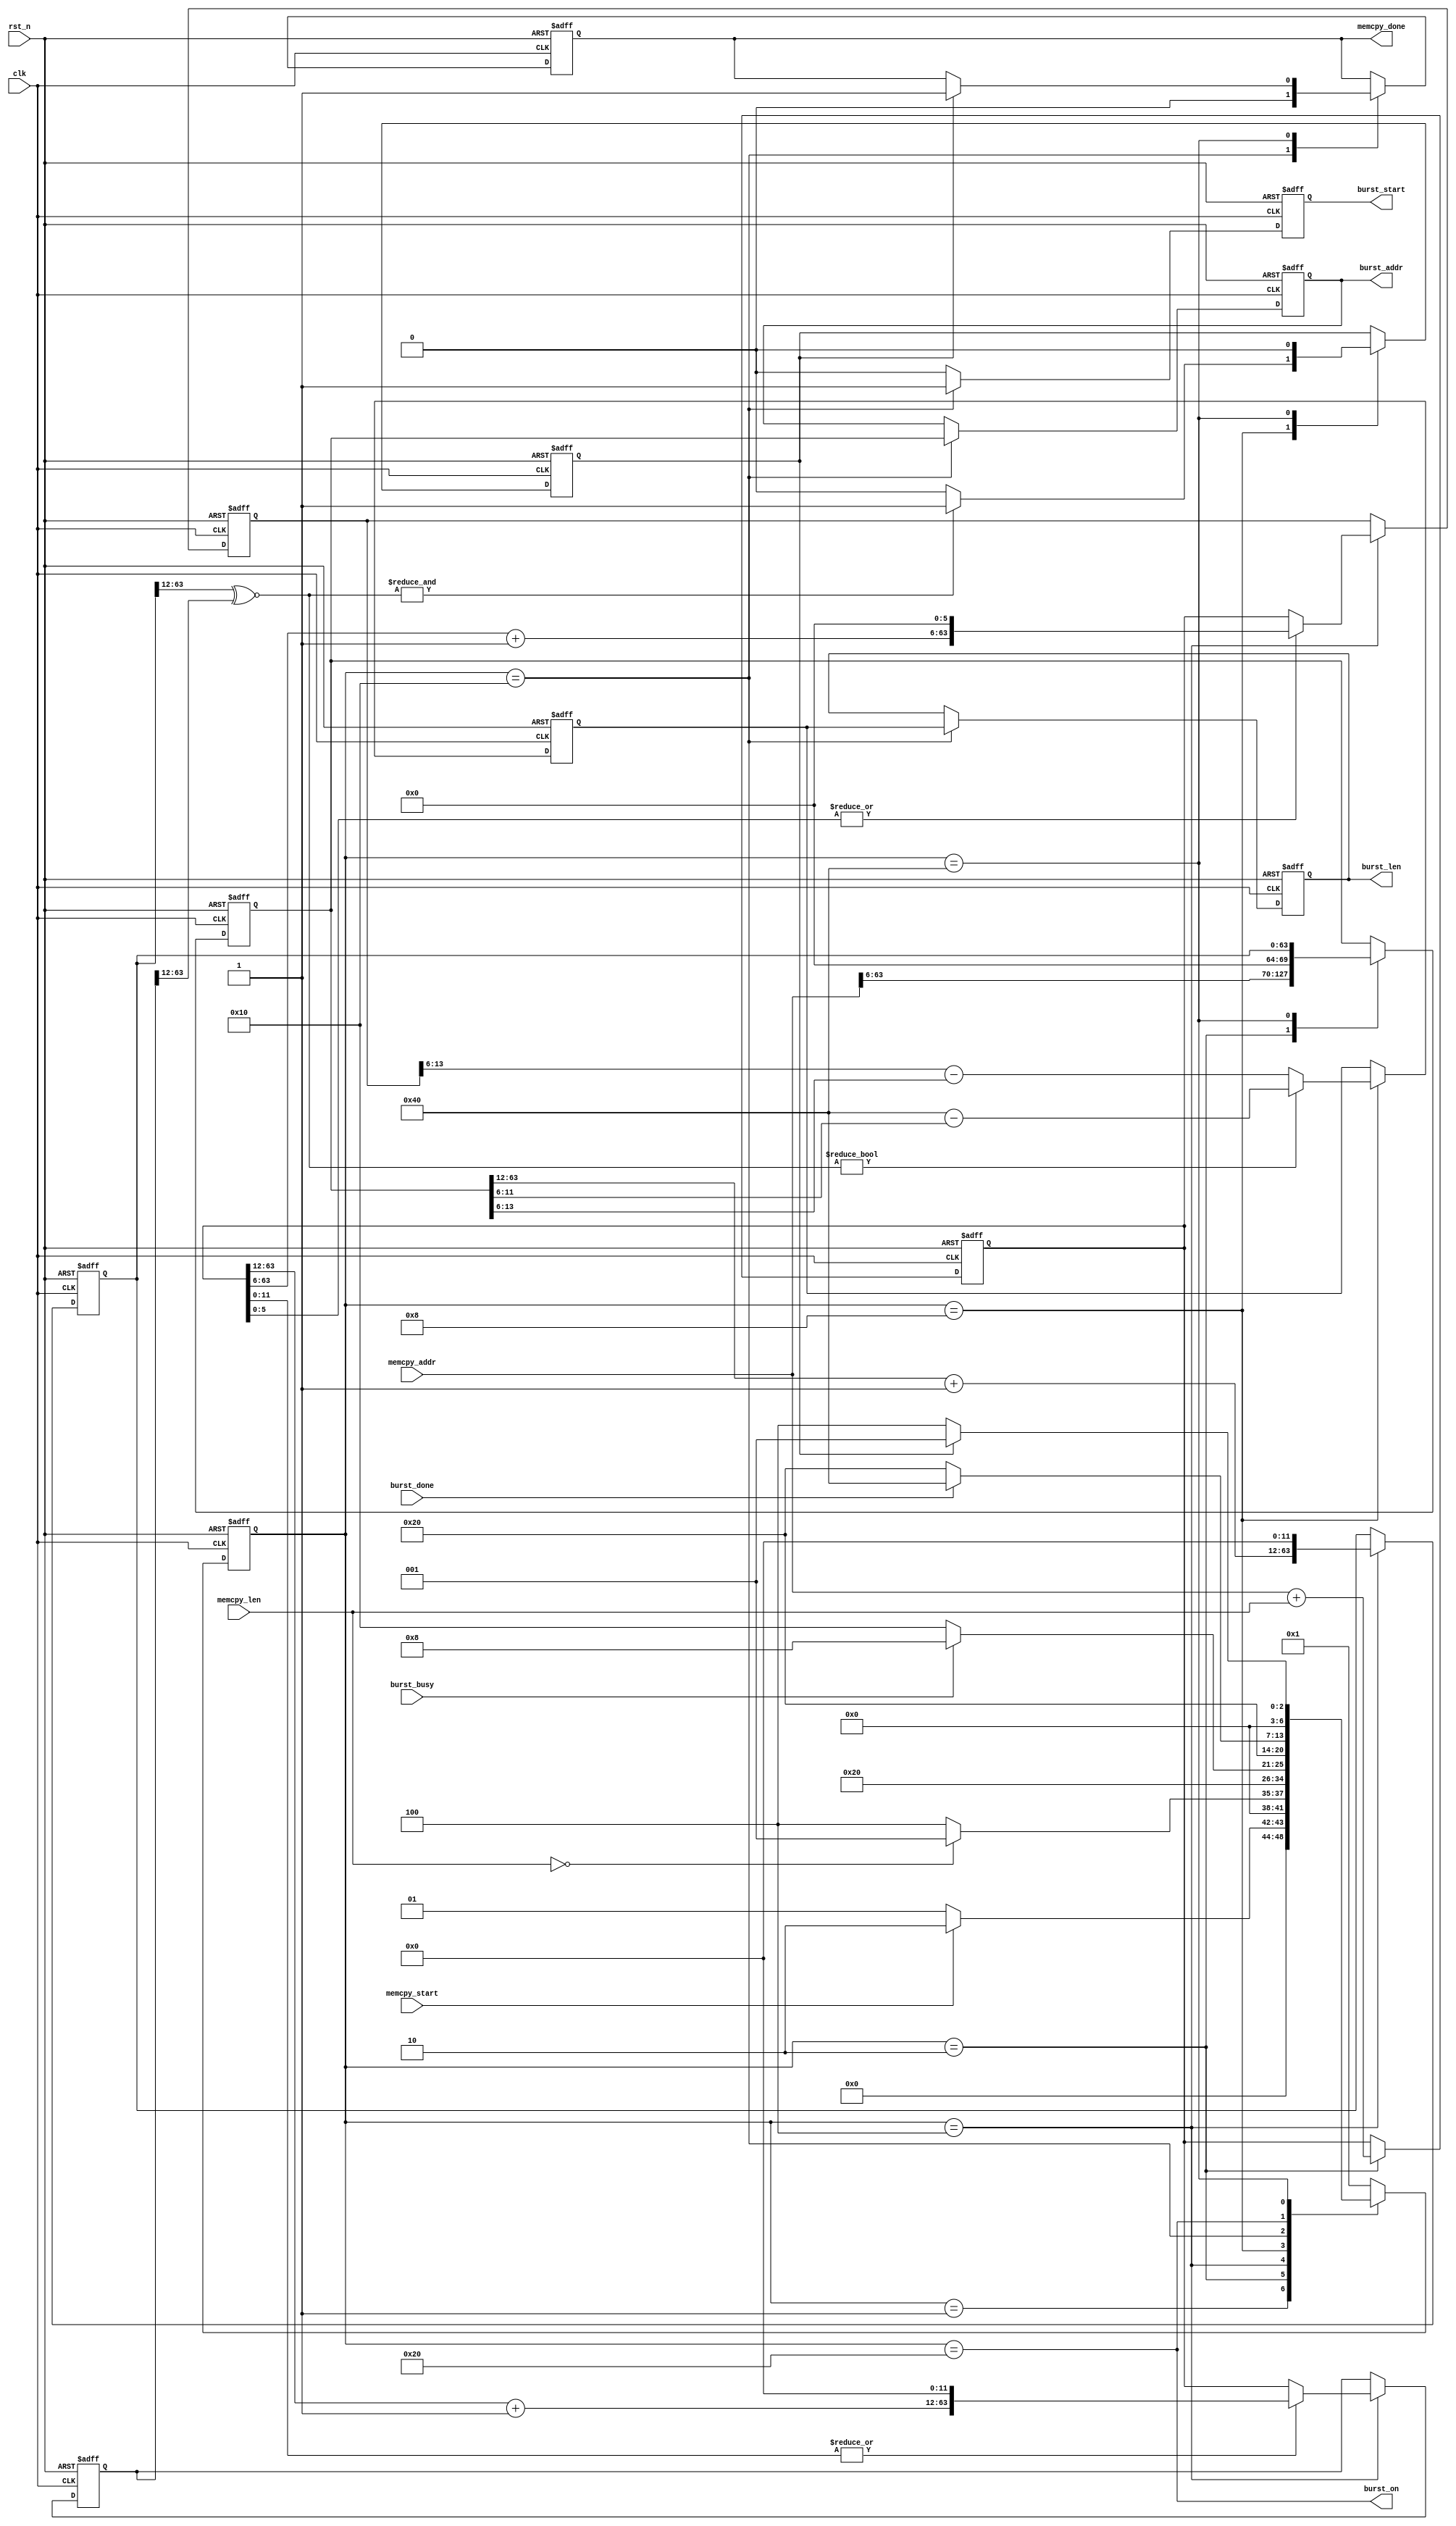
module memcpy_statemachine(
                           input                 clk          ,
                           input                 rst_n        , 
                           input                 memcpy_start ,
                           input      [63:0]     memcpy_len   ,
                           input      [63:0]     memcpy_addr  ,
                           input                 burst_busy   ,
                           output reg            burst_start  ,
                           output reg [07:0]     burst_len    ,
                           output reg [63:0]     burst_addr   ,
                           output                burst_on     ,
                           input                 burst_done   ,
                           output reg            memcpy_done
                           );


 reg [06:0] cstate,nstate;
 reg [63:0] end_addr;
 reg [63:0] current_addr;
 reg [07:0] current_len;
 reg [63:0] next_boundary;
 reg [63:0] end_boundary;
 reg [63:0] end_aligned;
 reg [00:0] last_burst;

 parameter IDLE   = 7'h01, 
           INIT   = 7'h02,
           N4KB   = 7'h04,
           CLEN   = 7'h08,
           START  = 7'h10,
           INPROC = 7'h20,
           DONE   = 7'h40;


//---- memcpy state machine ----
 always@(posedge clk or negedge rst_n) 
   if (~rst_n)
     cstate <= IDLE;
   else 
     cstate <= nstate;

 always@* 
   case(cstate)
     IDLE      : 
                   if (memcpy_start)
                     nstate = INIT;
                   else 
                     nstate = IDLE;
     INIT      :
                   if (memcpy_len == 64'd0)
                     nstate = IDLE;
                   else
                     nstate = N4KB;
     N4KB      :
                     nstate = CLEN;
     CLEN      :
                   if (~burst_busy)
                     nstate = START;
                   else
                     nstate = CLEN;
     START     :
                     nstate = INPROC;
     INPROC    : 
                   if (burst_done)
                     nstate = DONE;
                   else 
                     nstate = INPROC;
     DONE      : 
                   if (last_burst)
                     nstate = IDLE;
                   else 
                     nstate = N4KB;
     default      :
                     nstate = IDLE;
     endcase

//---- end address of transfer ----
 always@(posedge clk or negedge rst_n) 
   if (~rst_n)
     end_addr <= 64'd0;
   else 
     case (cstate)
       INIT : end_addr <= memcpy_addr + memcpy_len;
     endcase

//---- current starting address ----
 always@(posedge clk or negedge rst_n) 
   if (~rst_n)
     current_addr <= 64'd0;
   else 
     case (cstate)
       INIT : current_addr <= {memcpy_addr[63:6],6'd0};   // previous 64B boundary
       DONE : current_addr <= next_boundary;
     endcase

//---- current burst length ----
 always@(posedge clk or negedge rst_n) 
   if (~rst_n)
     current_len <= 8'd0;
   else 
     case (cstate)
       CLEN : 
          if (next_boundary[63:12]~^end_boundary[63:12])
            current_len <= 8'd64 - current_addr[11:6];   // 64*64=4KB, 64B=512b
          else
            current_len <= end_aligned[13:6] - current_addr[13:6];  // at least do a burst_len=1
     endcase

//---- next 4KB boundary ----
 always@(posedge clk or negedge rst_n) 
   if (~rst_n)
     begin
       next_boundary <= 64'd0;
       end_boundary <= 64'd0;
       end_aligned <= 64'd0;
     end
   else 
     case (cstate)
       N4KB : 
         begin
           next_boundary <= {current_addr[63:12] + 52'd1, 12'd0};
           end_boundary <= (~|end_addr[11:0])? end_addr : {end_addr[63:12] + 52'd1, 12'd0};   // next immediate 4KB
           end_aligned <= (~|end_addr[5:0])? end_addr : {end_addr[63:6] + 58'd1, 6'd0};  // next immediate 64B
         end
     endcase

//---- determine if current burst is the last one ----
 always@(posedge clk or negedge rst_n) 
   if (~rst_n)
     last_burst <= 1'b0;
   else 
     case (cstate)
       CLEN : 
          if (&(next_boundary[63:12]~^end_boundary[63:12]))
            last_burst <= 1'b1;
          else
            last_burst <= 1'b0;
       DONE   : 
            last_burst <= 1'b0;
     endcase

//---- burst start configuration ----
 always@(posedge clk or negedge rst_n) 
   if (~rst_n)
     begin
       burst_start <= 1'b0;
       burst_addr  <= 64'd0;
       burst_len   <= 8'd0;
     end
   else
     case (cstate)
       START : 
         begin
           burst_start <= 1'b1;
           burst_addr  <= current_addr;
           burst_len   <= current_len;
         end
       default  :
         begin
           burst_start <= 1'b0;
         end
     endcase

//---- burst in progress ----
 assign burst_on = (cstate == INPROC);

//---- whole memory read or write is completed ----
 always@(posedge clk or negedge rst_n) 
   if (~rst_n)
     memcpy_done <= 1'b1;
   else 
     case (cstate)
       START  : memcpy_done <= 1'b0;
       DONE   : if (last_burst)
                  memcpy_done <= 1'b1;
       default:;
     endcase


endmodule